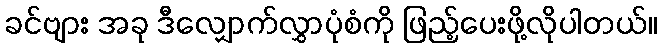
ခင်ဗျား အခု ဒီလျှောက်လွှာပုံစံကို ဖြည့်ပေးဖို့လိုပါတယ်။